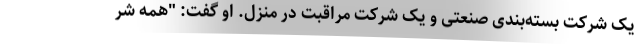
یک شرکت بسته‌بندی صنعتی و یک شرکت مراقبت در منزل. او گفت: "همه شر